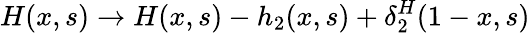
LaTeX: H(x,s)\to H(x,s)-h_{2}(x,s)+\delta_{2}^{H}(1-x,s)